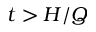
t > H / Q